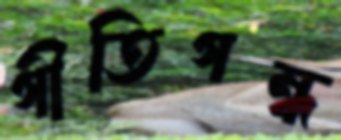
গীতিগন্ধ